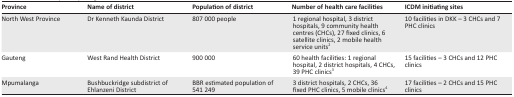
<table><thead><tr><td><b>Province</b></td><td><b>Name of district</b></td><td><b>Population of district</b></td><td><b>Number of health care facilities</b></td><td><b>ICDM initiating sites</b></td></tr></thead><tbody><tr><td>North West Province</td><td>Dr Kenneth Kaunda District</td><td>807 000 people</td><td>1 regional hospital, 3 district hospitals, 9 community health centres (CHCs), 27 fixed clinics, 6 satellite clinics, 2 mobile health service units<sup>2</sup></td><td>10 facilities in DKK – 3 CHCs and 7 PHC clinics</td></tr><tr><td>Gauteng</td><td>West Rand Health District</td><td>900 000</td><td>60 health facilities: 1 regional hospital, 2 district hospitals, 4 CHCs, 39 PHC clinics<sup>3</sup></td><td>15 facilities – 3 CHCs and 12 PHC clinics</td></tr><tr><td>Mpumalanga</td><td>Bushbuckridge subdistrict of Ehlanzeni District</td><td>BBR estimated population of 541 249</td><td>3 district hospitals, 2 CHCs, 36 fixed PHC clinics, 5 mobile clinics<sup>4</sup></td><td>17 facilities – 2 CHCs and 15 PHC clinics</td></tr></tbody></table>